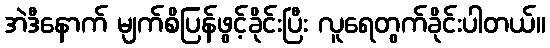
အဲဒီနောက် မျက်စိပြန်ဖွင့်ခိုင်းပြီး လူရေတွက်ခိုင်းပါတယ်။